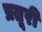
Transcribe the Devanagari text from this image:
प्रतूरी